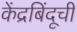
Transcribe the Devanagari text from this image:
केंद्रबिंदूची